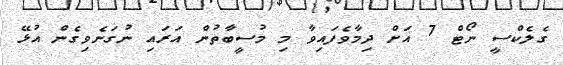
ގެލެކްސީ ނޯޓް 7 އަށް ދިމާވެފައިވާ މި މުސީބާތުން އަރައި ނުގަނެވިގެން އުޅޭ